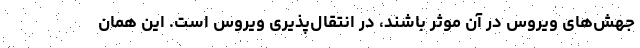
جهش‌های ویروس در آن موثر باشند، در انتقال‌پذیری ویروس است. این همان